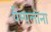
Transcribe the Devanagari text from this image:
पैम्पलोना